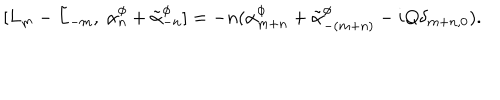
LaTeX: [ L _ { m } - \tilde { L } _ { - m } , ~ \alpha _ { n } ^ { \phi } + \tilde { \alpha } _ { - n } ^ { \phi } ] = - n ( \alpha _ { m + n } ^ { \phi } + \tilde { \alpha } _ { - ( m + n ) } ^ { \phi } - i Q \delta _ { m + n , 0 } ) .